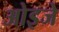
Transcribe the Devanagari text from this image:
ओइजे